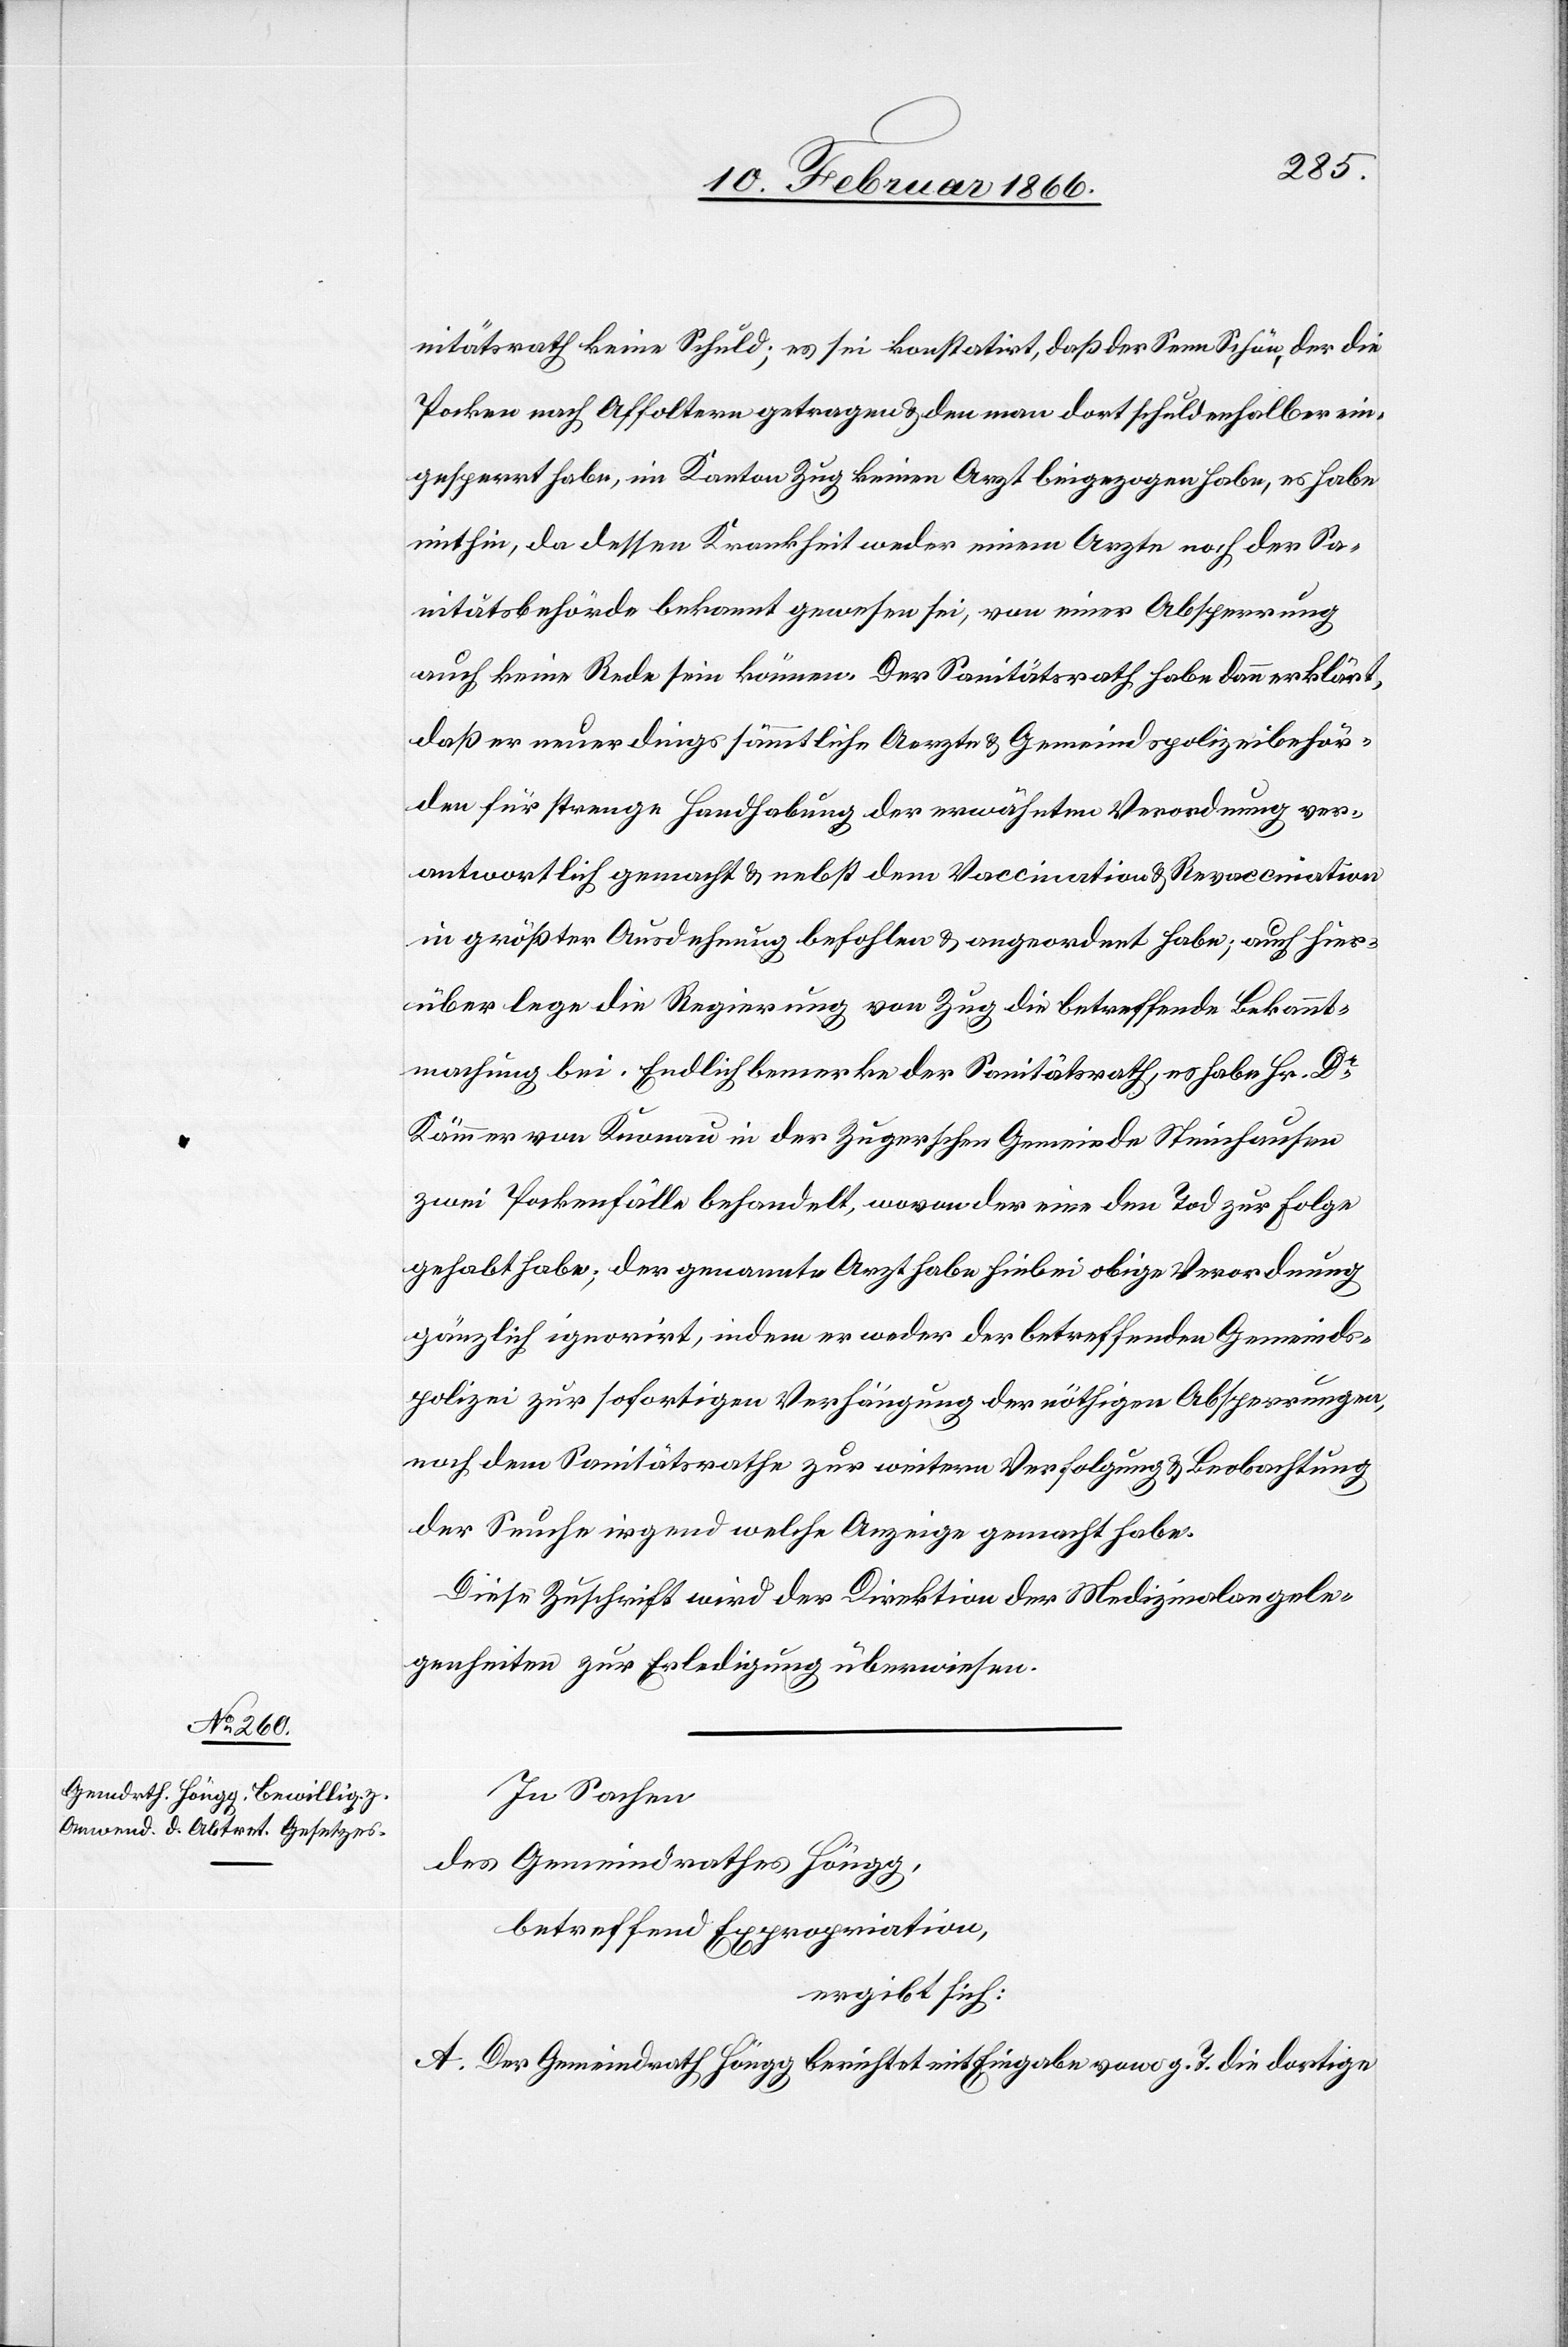
17. Februar 1866.]
nitätsrath keine Schuld; es sei konstatirt, daß der Senn Schär, der die
Pocken nach Affoltern getragen u. den man dort schuldenhalber ein¬
gesperrt habe, im Kanton Zug keinen Arzt beigezogen habe, es habe
mithin, da dessen Krankheit weder einem Arzte noch der Sa¬
nitätsbehörde bekannt gewesen sei, von einer Absperrung
auch keine Rede sein könne. Der Sanitätsrath habe dann erklärt,
daß er neuerdings sämmtliche Aerzte u. Gemeindpolizeibehör¬
den für strenge Handhabung der erwähnten Verordnung ver¬
antwortlich gemacht u. nebst dem Vaccination u. Revaccination
in größter Ausdehnung befohlen u. angeordnet habe; auch hier¬
über lege die Regierung von Zug die betreffende Bekannt¬
machung bei. Endlich bemerke der Sanitätsrath, es habe Hr. Dr.
Kämmer von Knonau in der Zugerschen Gemeinde Steinhausen
zwei Pockenfälle behandelt, wovon der eine den Tod zur Folge
gehabt habe; der genannte Arzt habe hiebei obige Verordnung
gänzlich ignorirt, indem er weder der betreffenden Gemeinds¬
polizei zur sofortigen Verfügung der nöthigen Absperrungen
noch dem Sanitätsrathe zur weitern Verfolgung u. Beobachtung
der Seuche irgend welche Anzeige gemacht habe.
Diese Zuschrift wird der Direktion der Medizinalangele¬
genheiten zur Erledigung überwiesen.
In Sachen
des Gemeindrathes Höngg,
betreffend Expropriation,
ergibt sich:
A. Der Gemeindrath Höngg berichtet mit Eingabe vom g. T. die dortige